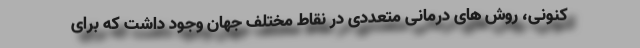
کنونی، روش های درمانی متعددی در نقاط مختلف جهان وجود داشت که برای